Note on the mental hospitals in Burma - 1925-1940
Year: 1925
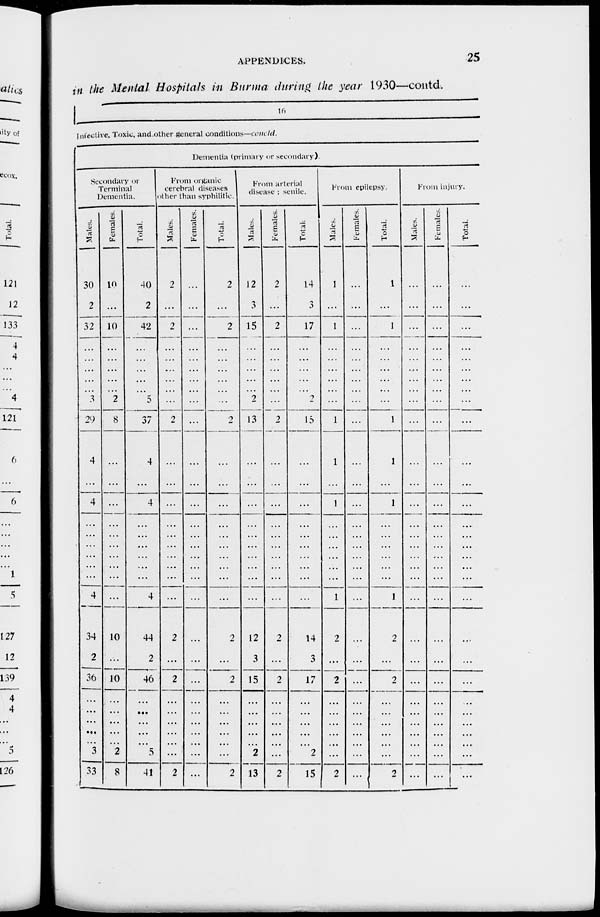
APPENDICES.
25
i n the Mental Hospitals in Burma during the year 1930—contd.
1
Infective, Toxic, and other general conditions—concld.
Dementia (primary or secondary).
Secondary or
Terminal
Dementia.
Males.
30
2
32
...
...
...
...
3
29
4
...
4
...
...
...
...
...
...
4
34
2
36
...
...
...
...
...
3
33
Females.
10
...
10
...
...
...
...
2
8
...
...
...
...
...
...
...
...
...
...
10
...
10
...
...
...
...
...
2
8
Total.
40
2
42
...
...
...
...
5
37
4
...
4
...
...
...
...
...
...
4
44
2
46
...
...
...
...
...
5
41
From organic
cerebral diseases
other than syphilitic.
Males.
2
...
2
...
...
...
...
...
2
...
...
...
...
...
...
...
...
...
...
2
...
2
...
...
...
...
...
...
2
Females.
...
...
...
...
...
...
...
...
...
...
...
...
...
...
...
...
...
...
...
...
...
...
...
...
...
...
...
...
...
Total.
2
...
2
...
...
...
...
...
2
...
...
...
...
...
...
...
...
...
...
2
...
2
...
...
...
...
...
...
2
From arterial
disease; senile.
Males.
12
3
15
...
...
...
...
2
13
...
...
...
...
...
...
...
...
...
...
12
3
15
...
...
...
...
...
2
13
Females.
2
...
2
...
...
...
...
...
2
...
...
...
...
...
...
...
...
...
...
2
...
2
...
...
...
...
...
...
2
Total.
14
3
17
...
...
...
...
2
15
...
...
...
...
...
...
...
...
...
...
14
3
17
...
...
...
...
...
2
15
From epilepsy.
Males.
1
...
1
...
...
...
...
...
1
1
...
1
...
...
...
...
...
...
1
2
...
2
...
...
...
...
...
...
2
Females.
...
...
...
...
...
...
...
...
...
...
...
...
...
...
...
...
...
...
...
...
...
...
...
...
...
...
...
...
...
Total.
1
...
1
...
...
...
...
...
1
1
...
1
...
...
...
...
...
...
1
2
...
2
...
...
...
...
...
...
2
From injury.
Males.
...
...
...
...
...
...
...
...
...
...
...
...
...
...
...
...
...
...
...
...
...
...
...
...
...
...
...
...
...
Females.
...
...
...
...
...
...
...
...
...
...
...
...
...
...
...
...
...
...
...
...
...
...
...
...
...
...
...
...
...
Total.
...
...
...
...
...
...
...
...
...
...
...
...
...
...
...
...
...
...
...
...
...
...
...
...
...
...
...
...
...